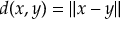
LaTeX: d ( x , y ) = \| x - y \|